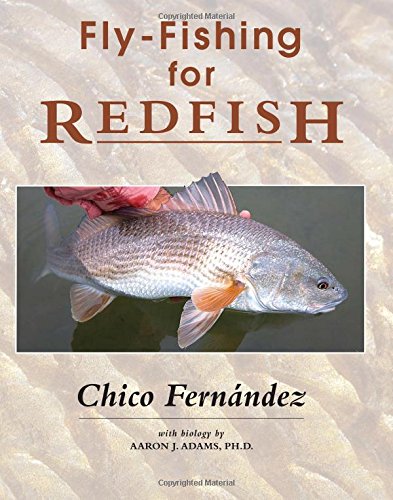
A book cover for Fly-Fishing for Redfish; Chico FernÃ¡ndez; Sports & Outdoors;